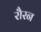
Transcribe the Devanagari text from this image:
रौरन